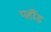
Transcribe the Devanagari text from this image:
पहाँड